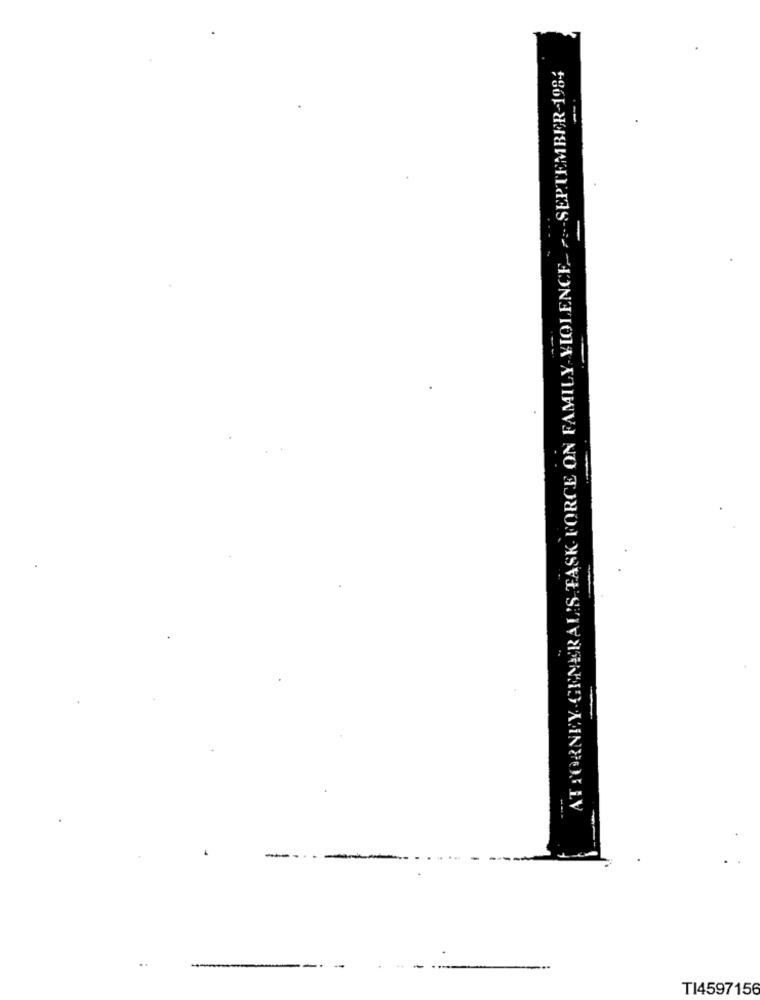
ATTORNEY GENERAL'S TASK FORCE ON FAMILY VIOLENCE- --- SEPTEMBER-1984
-
---
TI4597156